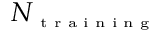
N _ { \textrm { \tiny t r a i n i n g } }